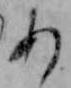
あ